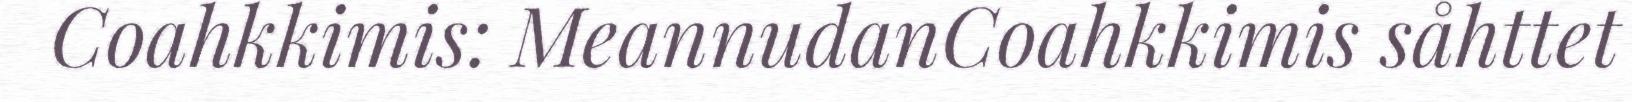
Coahkkimis: MeannudanCoahkkimis såhttet